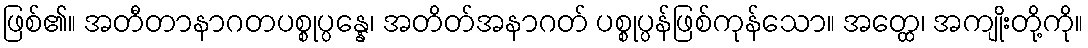
ဖြစ်၏။ အတီတာနာဂတပစ္စုပ္ပန္နေ၊ အတိတ်အနာဂတ် ပစ္စုပ္ပန်ဖြစ်ကုန်သော။ အတ္ထေ၊ အကျိုးတို့ကို။